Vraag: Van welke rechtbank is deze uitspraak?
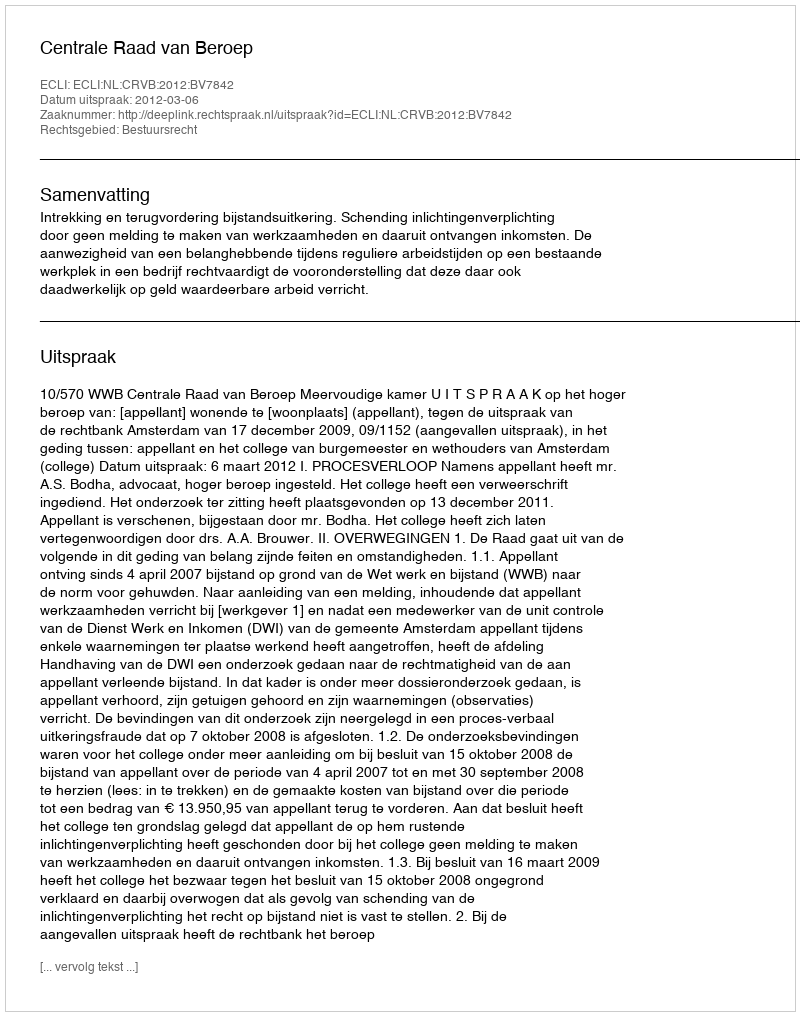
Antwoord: Centrale Raad van Beroep